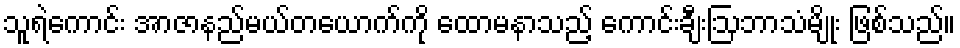
သူရဲကောင်း အာဇာနည်မယ်တယောက်ကို ထောမနာသည့် ကောင်းချီးဩဘာသံမျိုး ဖြစ်သည်။